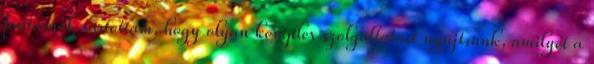
fontosnak tartottam, hogy olyan komplex szolgáltatást nyújtsunk, amilyet a